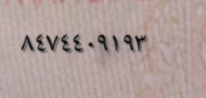
٨٤٧٤٤٠٩١٩٣